Report of the King Institute of Preventive Medicine, Guindy
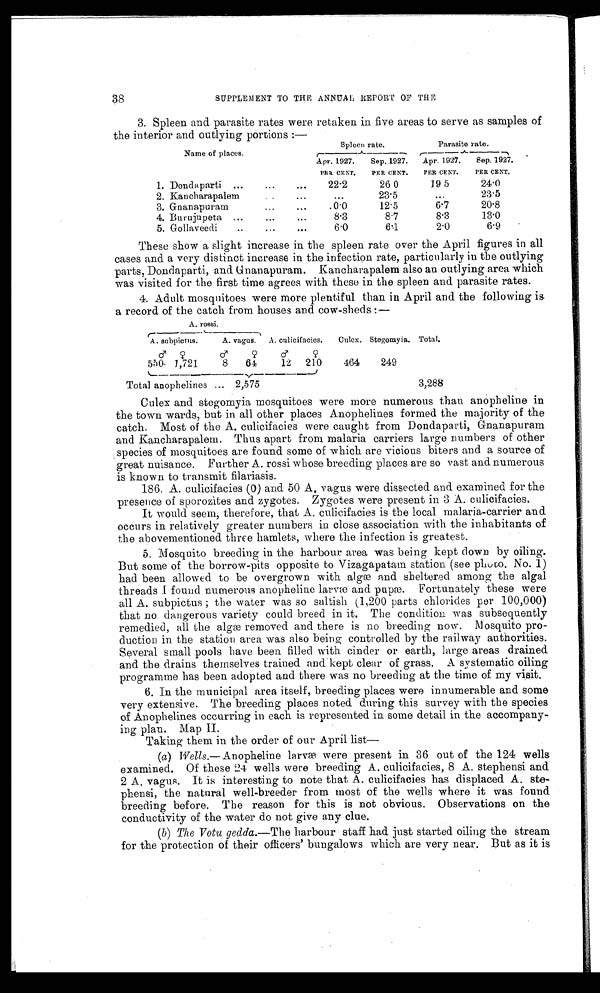
38
SUPPLEMENT TO THE A NNUA 1, REPORT OP
E
3. Spleen and parasite rates were retaken in five areas to serve as samples of
the interior and outlying portions :—
Name of places.
Spleen rate.
Parasite rate.
Apr. 1927 .
PER CENT.
Sep. 1927.
PER CENT.
Apr. 1927.
PER CENT.
Sep. 1927.
PER CENT.
1. Dondaparti
...
...
22.2
26 0
19 5
24.0
2. Kancharapalem
..
. . .
. . .
23.5
. . .
23.5
3. Gnanapuram
...
. . .
0.0
12.5
6.7
20.8
4. Burujupeta
...
. . .
8.3
8.7
8.3
13.0
5. Gollaveedi
...
. . .
6.0
6.1
2.0
6.9
These show a slight increase in the spleen rate over the April figures in all
cases and a very distinct increase in the infection rate, particularly in the outlying
parts, Dondaparti, and Gnanapuram. Kancharapalem also an outlying area which
was visited for the first time agrees with these in the spleen and parasite rates.
4. Adult mosquitoes were more plentiful than in April and the following is
a record of the catch from houses and cow-sheds :—
A. rossi.
A. subpictus.
A. vagus.
A. culicifacies.
Culex. Stegomyia. Total.
♂
550
♀
1,721
♂
8
♀
64
♂
12
♀
210
464
249
Total anophelines ... 2,575
3,288
Culex and stegomyia mosquitoes were more numerous than anopheline in
the town wards, but in all other places Anophelines formed the majority of the
catch. Most of the A. culicifacies were caught from Dondaparti, Gnanapuram
and Kancharapalem. Thus apart from malaria carriers large numbers of other
species of mosquitoes are found some of which are vicious biters and a source of
great nuisance. Further A. rossi whose breeding places are so vast and numerous
is known to transmit filariasis.
186. A. culicifacies (0) and 50 A. vagus were dissected and examined for the
presence of sporozites and zygotes. Zygotes were present in 3 A. culicifacies.
It would seem, therefore, that A. culicifacies is the local malaria-carrier and
occurs in relatively greater numbers in close association with the inhabitants of
the abovementioned three hamlets, where the infection is greatest.
5. Mosquito breeding in the harbour area was being kept down by oiling.
But some of the borrow-pits opposite to Vizagapatam station (see photo. No. 1)
had been allowed to be overgrown with algæ and sheltered among the algal
threads I found numerous anopheline larvæ) and pupæ. Fortunately these were
all A. subpictus; the water was so saltish (1,200 parts chlorides per 100,000)
that no dangerous variety could breed in it. The condition was subsequently
remedied, all the algæ removed and there is no breeding now. Mosquito pro
- d u c t i o n i n t h e s t a t i o n a r e a w a s a l s o b e i n g c o n t r o l l e d b y t h e r a i l w a y a u t h o r i t i e s .
Several small pools have been filled with cinder or earth, large areas drained
and the drains themselves trained and kept clear of grass. A systematic oiling
programme has been adopted and there was no breeding at the time of my visit.
6. In the municipal area itself, breeding places were innumerable and some
very extensive. The breeding places noted during this survey with the species
of Anophelines occurring in each is represented in some detail in the accompany
- i n g p l a n . M a p I I .
Taking them in the order of our April list
—
(a) Wells. — Anopheline larvæ were present in 36 out of the 124 wells
examined. Of these 24 wells were breeding A. culicifacies, 8 A. stephensi and
2 A. vagus. It is interesting to note that A. culicifacies has displaced A. ste
- p h e n s i , t h e n a t u r a l w e l l - b r e e d e r f r o m m o s t o f t h e w e l l s w h e r e i t w a s f o u n d
breeding before. The reason for this is not obvious. Observations on the
conductivity of the water do not give any clue.
(b) The Votu gedda. —The harbour staff had just started oiling the stream
for the protection of their officers' bungalows which are very near. But as it is